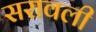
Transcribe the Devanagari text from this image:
सरावली